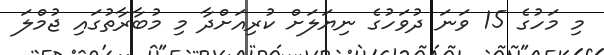
މި މަހުގެ 15 ވަނަ ދުވަހުގެ ނިޔަލަށް ކުރިއަށްދާ މި މުބާރާތުގައި ޖުމްލަ